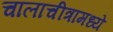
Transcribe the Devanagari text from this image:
चालाचीत्रामध्ये